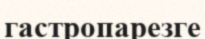
гастропарезге